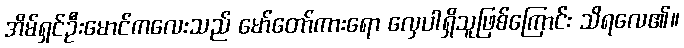
အိမ်ရှင်ဦးမောင်ကလေးသည် မော်တော်ကားရော လှေပါရှိသူဖြစ်ကြောင်း သိရလေ၏။